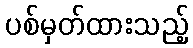
ပစ်မှတ်ထားသည့်